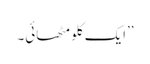
’’ایک کلو مٹھائی۔